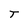
Character: T